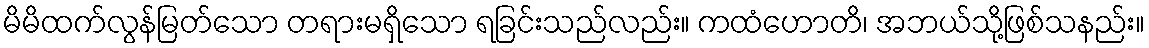
မိမိထက်လွန်မြတ်သော တရားမရှိသော ရခြင်းသည်လည်း။ ကထံဟောတိ၊ အဘယ်သို့ဖြစ်သနည်း။